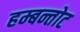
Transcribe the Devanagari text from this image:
हम्बन्तोट